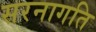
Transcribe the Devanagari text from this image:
सरनागति